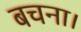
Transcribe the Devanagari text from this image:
बचना।